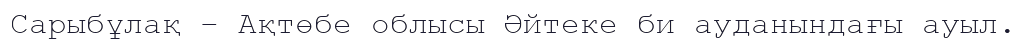
Сарыбұлақ – Ақтөбе облысы Әйтеке би ауданындағы ауыл.